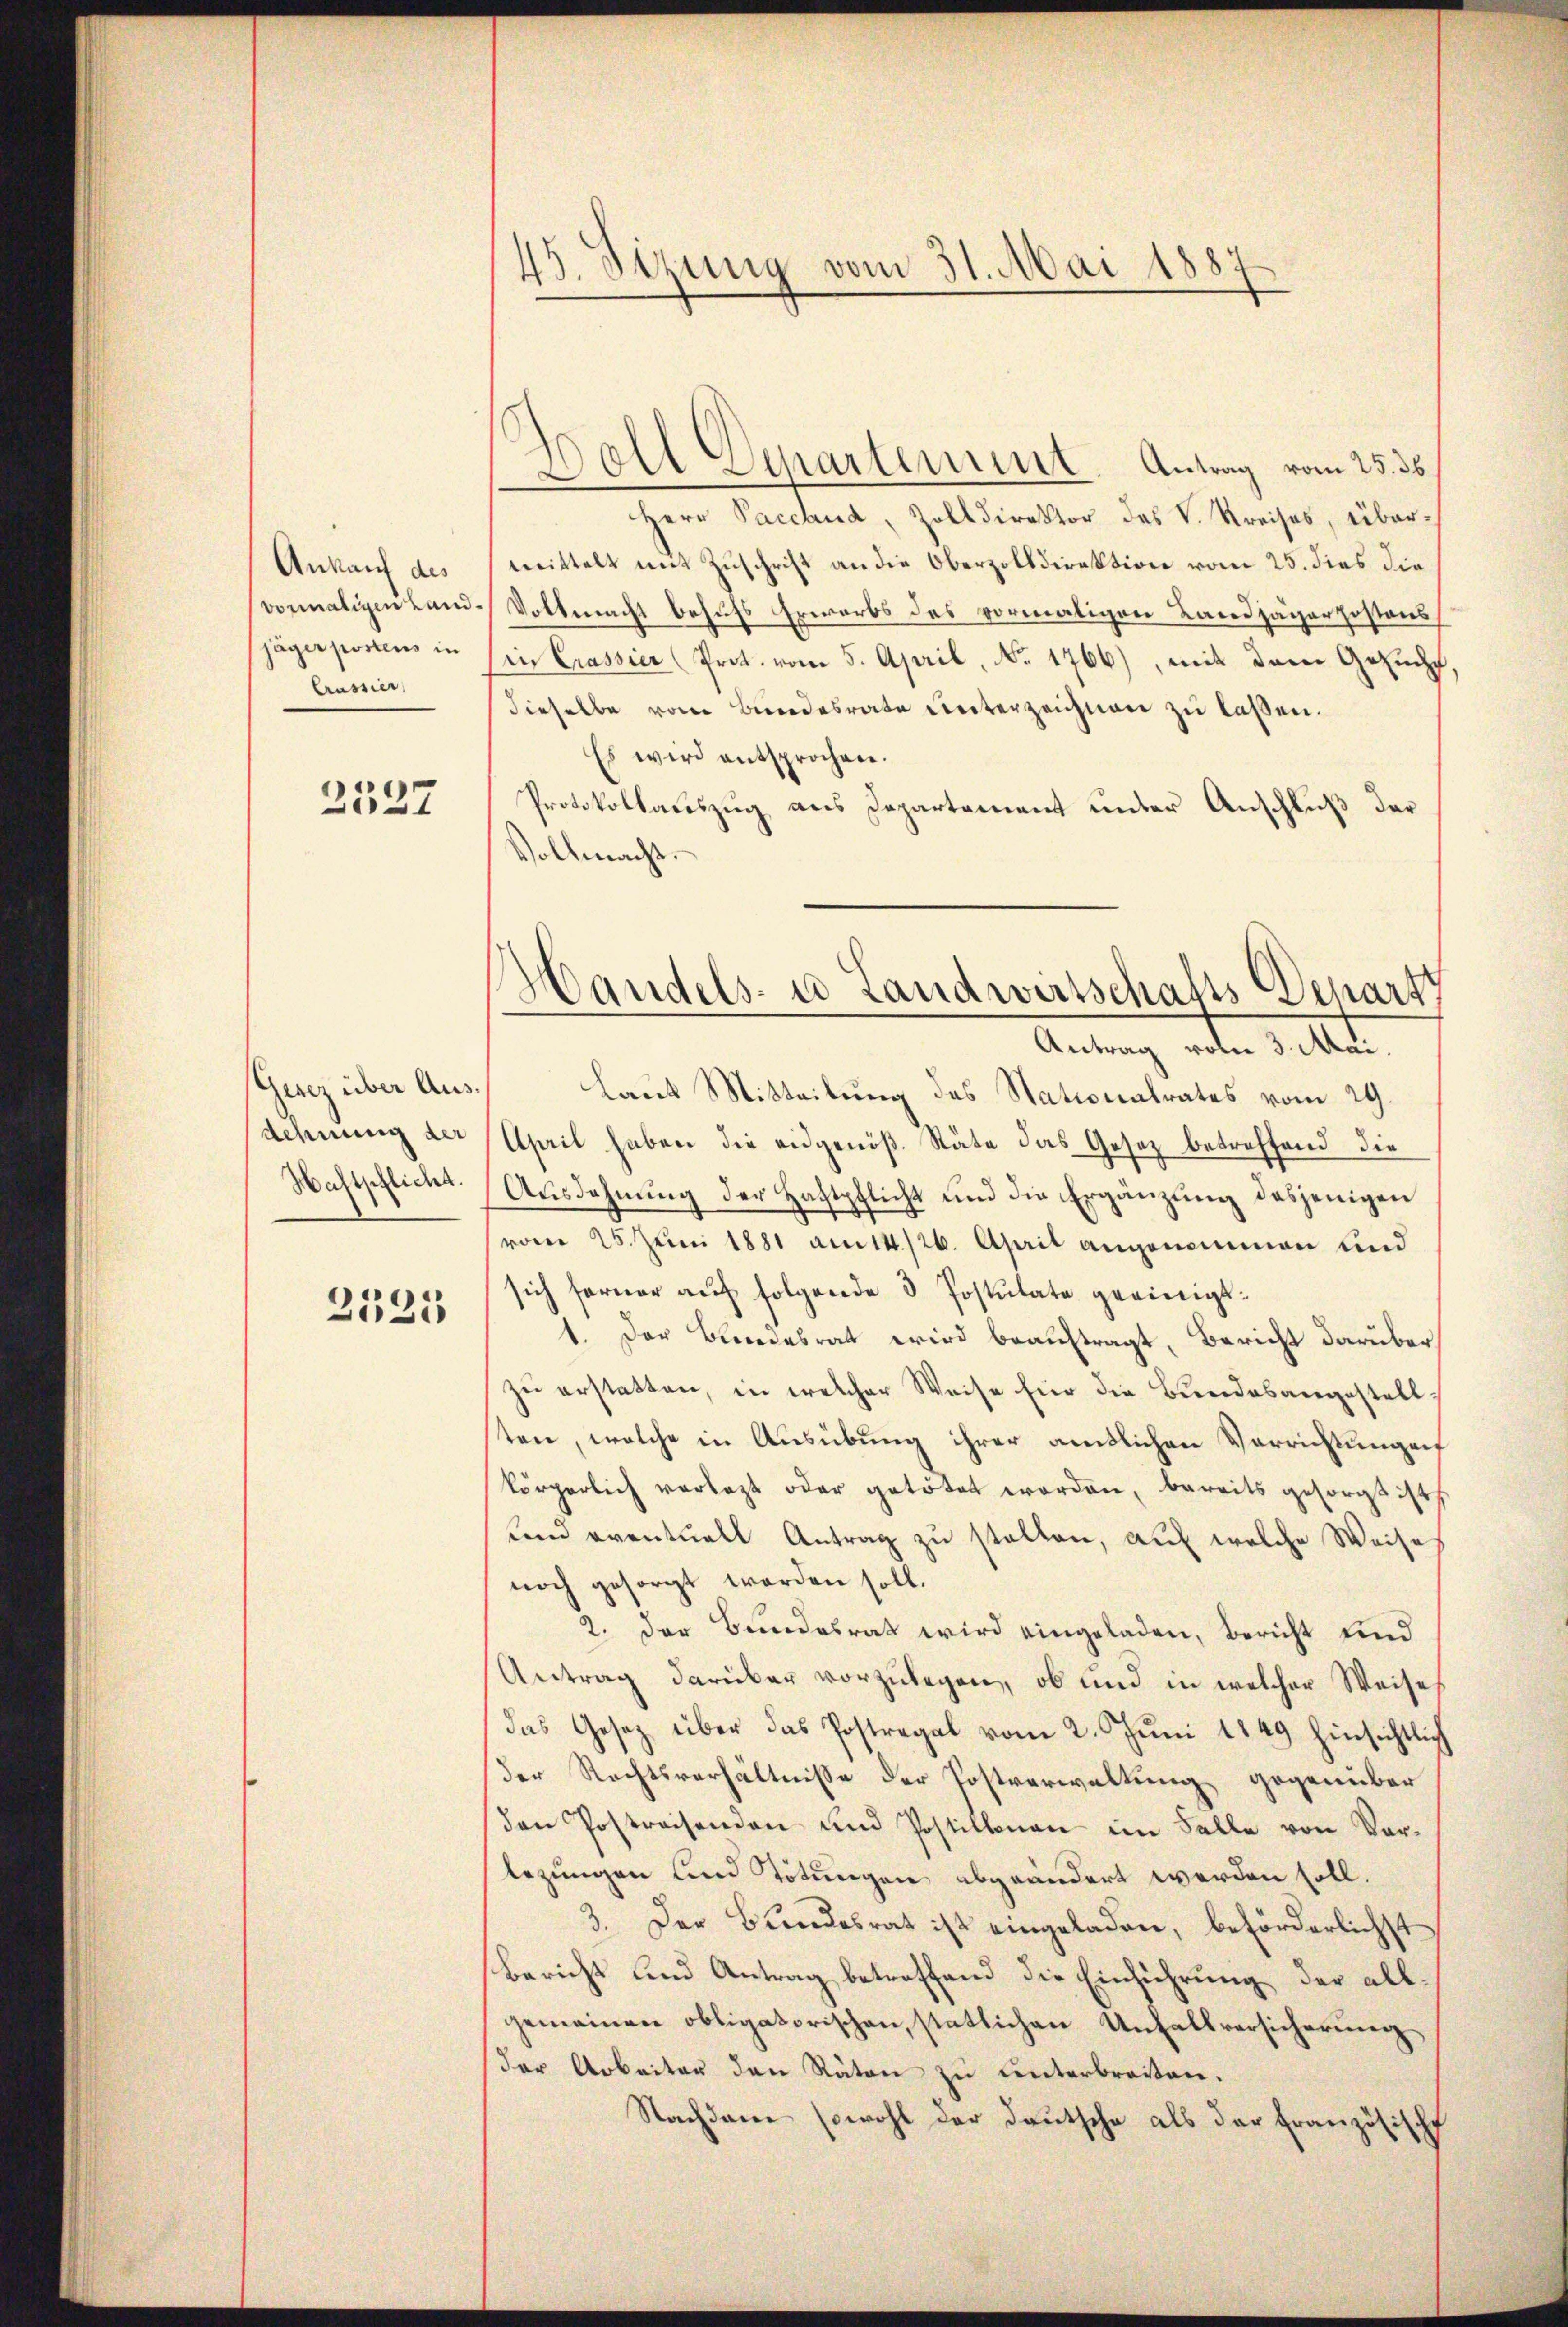
Ankauf des
jäger postens in
Crussier

2537

Gerez über Aus¬
Rehnung der
Waltschlicht.

2525

all Departement. Antrag vom 25. 36.
e
Herr Pacchud, Zolldirektor des V. Kreises, übermeittelt mit Zuschrift an die Oberzolldirektion vom 25. dies die
vormaligen Land-Vollmacht behufs Erwerbs des vormaligen Landjägerhostens
in Crassier (Prot. vom 5. April, No. 1766), mit dem Gesucht,
dieselbe vom Bundesrate unterzeichnen zu laßen.
Es wird entsprochen.
Protokollauszug aus Departement unter Anschluß der
Vollmacht.

45. Sizung vom 31. Mai 1887

1

s
Candels- u Landwirtschafts-Departt

Antrag von 3. Mai.
laut Mitteilung des Stationalrates vom 29.
April haben die eidgenöß. Stäte das Gesetz betreffend die
Ausdehnung der Haftpflicht und die Ergänzung desjenigen
vom 25. Juni 1881 am 14./26. April angenommen und
sich ferner auf folgende 3 Postulate geeinigt.
1. Der Bundesrat wird beauftragt, Bericht darüber
zu erstatten, in welcher Weise für die Bundesangestellsten, welche in Ausübung ihrer amtlichen Verrichtungen
körperlich verlegt oder getötet worden, bereits gesorgt ist
Land eventuell Antrag zu stellen, auf welche Weise
noch gesorgt worden soll.
2. der Bundesrat wird eingeladen, Bericht und
Antrag darüber vorzulegen, ob und in welcher Weise
das Gesetz über das Postregal vom 2. Jŭni 1849 hinsichtlich
Der Rechtsverhältnisse der Postverwaltung gegenüber
Den Postreisenden und Postillonen im Falle von Vorlegungen und Tötungen abgeändert werden soll.
3. Der Bundesrat ist eingeladen, beförderlichst
Bericht und Antrag betreffend die Einführung der allgemeinen obligatorischen, statlichen Unfallversicherung
Der Arbeiter den Räten zu unterbreiten.
Nachdem sowohl der Deutsche als der französische